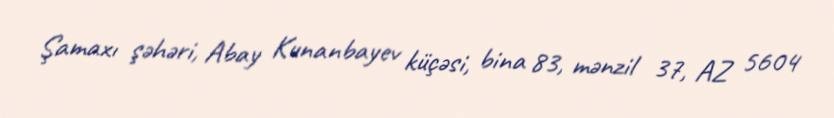
Şamaxı şəhəri, Abay Kunanbayev küçəsi, bina 83, mənzil 37, AZ 5604